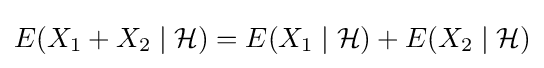
E(X_{1}+X_{2}\mid {\mathcal {H}})=E(X_{1}\mid {\mathcal {H}})+E(X_{2}\mid {\mathcal {H}})